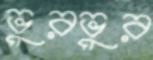
ভুরভুর